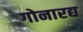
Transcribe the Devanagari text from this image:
गोनारद्य